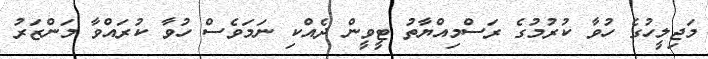
މަޖިލީހުގެ ހުވާ ކުރުމުގެ ރަސްމިއްޔާތު ޓީވީން ދެއްކި ނަމަވެސް ހުވާ ކުރައްވާ މަންޒަރު